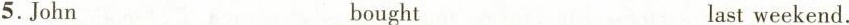
5.John bought last weekend.